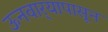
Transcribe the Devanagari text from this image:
ऊनवार्‍यापासून